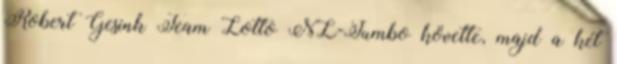
Robert Gesink Team Lotto NL-Jumbo követte, majd a két